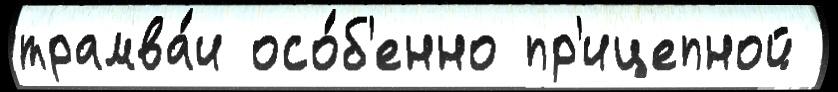
трамва́и осо́б'енно пр'ицепной